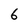
Character: 6